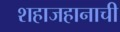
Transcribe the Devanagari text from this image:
शहाजहानाची